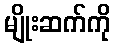
မျိုးဆက်ကို